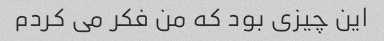
این چیزی بود که من فکر می کردم